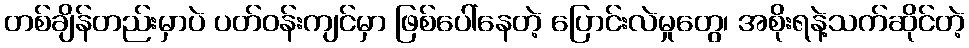
တစ်ချိန်တည်းမှာပဲ ပတ်ဝန်းကျင်မှာ ဖြစ်ပေါ်နေတဲ့ ပြောင်းလဲမှုတွေ၊ အစိုးရနဲ့သက်ဆိုင်တဲ့